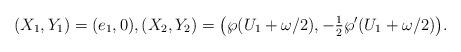
LaTeX: \begin{align*}(X_1,Y_1)= (e_1,0),(X_2,Y_2) = \big(\wp(U_1 + \omega/2), -\tfrac{1}{2}\wp'(U_1 + \omega/2)\big).\end{align*}